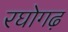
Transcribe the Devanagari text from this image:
रघोगढ़